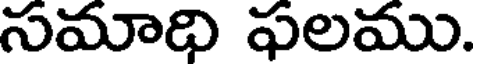
సమాధి ఫలము.